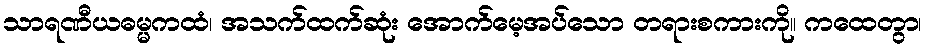
သာရဏီယဓမ္မကထံ၊ အသက်ထက်ဆုံး အောက်မေ့အပ်သော တရားစကားကို။ ကထေတွာ၊